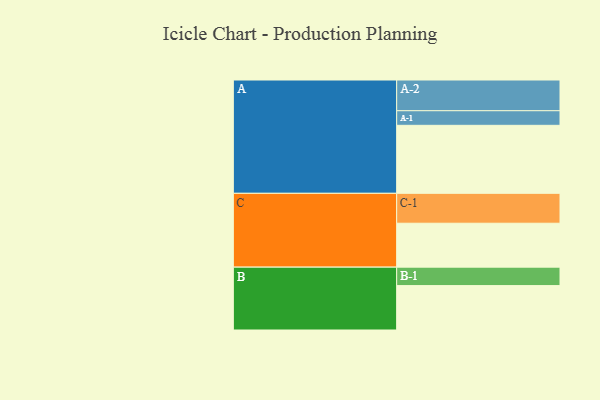
{"axis": {"x": "Segment", "y": "Value"}, "legend": ["", "A", "B", "C"], "data": [{"x": "A", "y": 582, "type": ""}, {"x": "B", "y": 380, "type": ""}, {"x": "C", "y": 376, "type": ""}, {"x": "A-1", "y": 125, "type": "A"}, {"x": "A-2", "y": 263, "type": "A"}, {"x": "B-1", "y": 158, "type": "B"}, {"x": "C-1", "y": 256, "type": "C"}]}